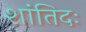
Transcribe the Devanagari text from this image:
शांतिदः